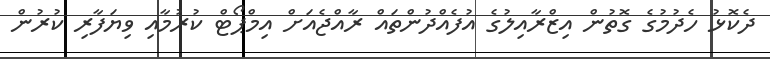
ދެކޮޅު ހެދުމުގެ ގޮތުން އިޒްރާއިލުގެ އުފެއްދުންތައް ރާއްޖެއަށް އިމްޕޯޓް ކުރުމާއި ވިޔަފާރި ކުރުން